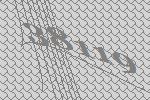
38119